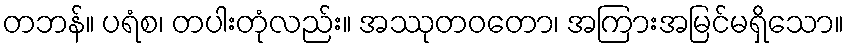
တဘန်။ ပရံစ၊ တပါးတုံလည်း။ အဿုတဝတော၊ အကြားအမြင်မရှိသော။